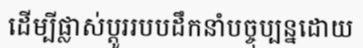
ដើម្បីផ្លាស់ប្តូររបបដឹកនាំបច្ចុប្បន្នដោយ